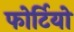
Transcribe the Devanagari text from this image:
फोर्टियो